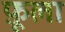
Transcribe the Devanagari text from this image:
फ़ूला